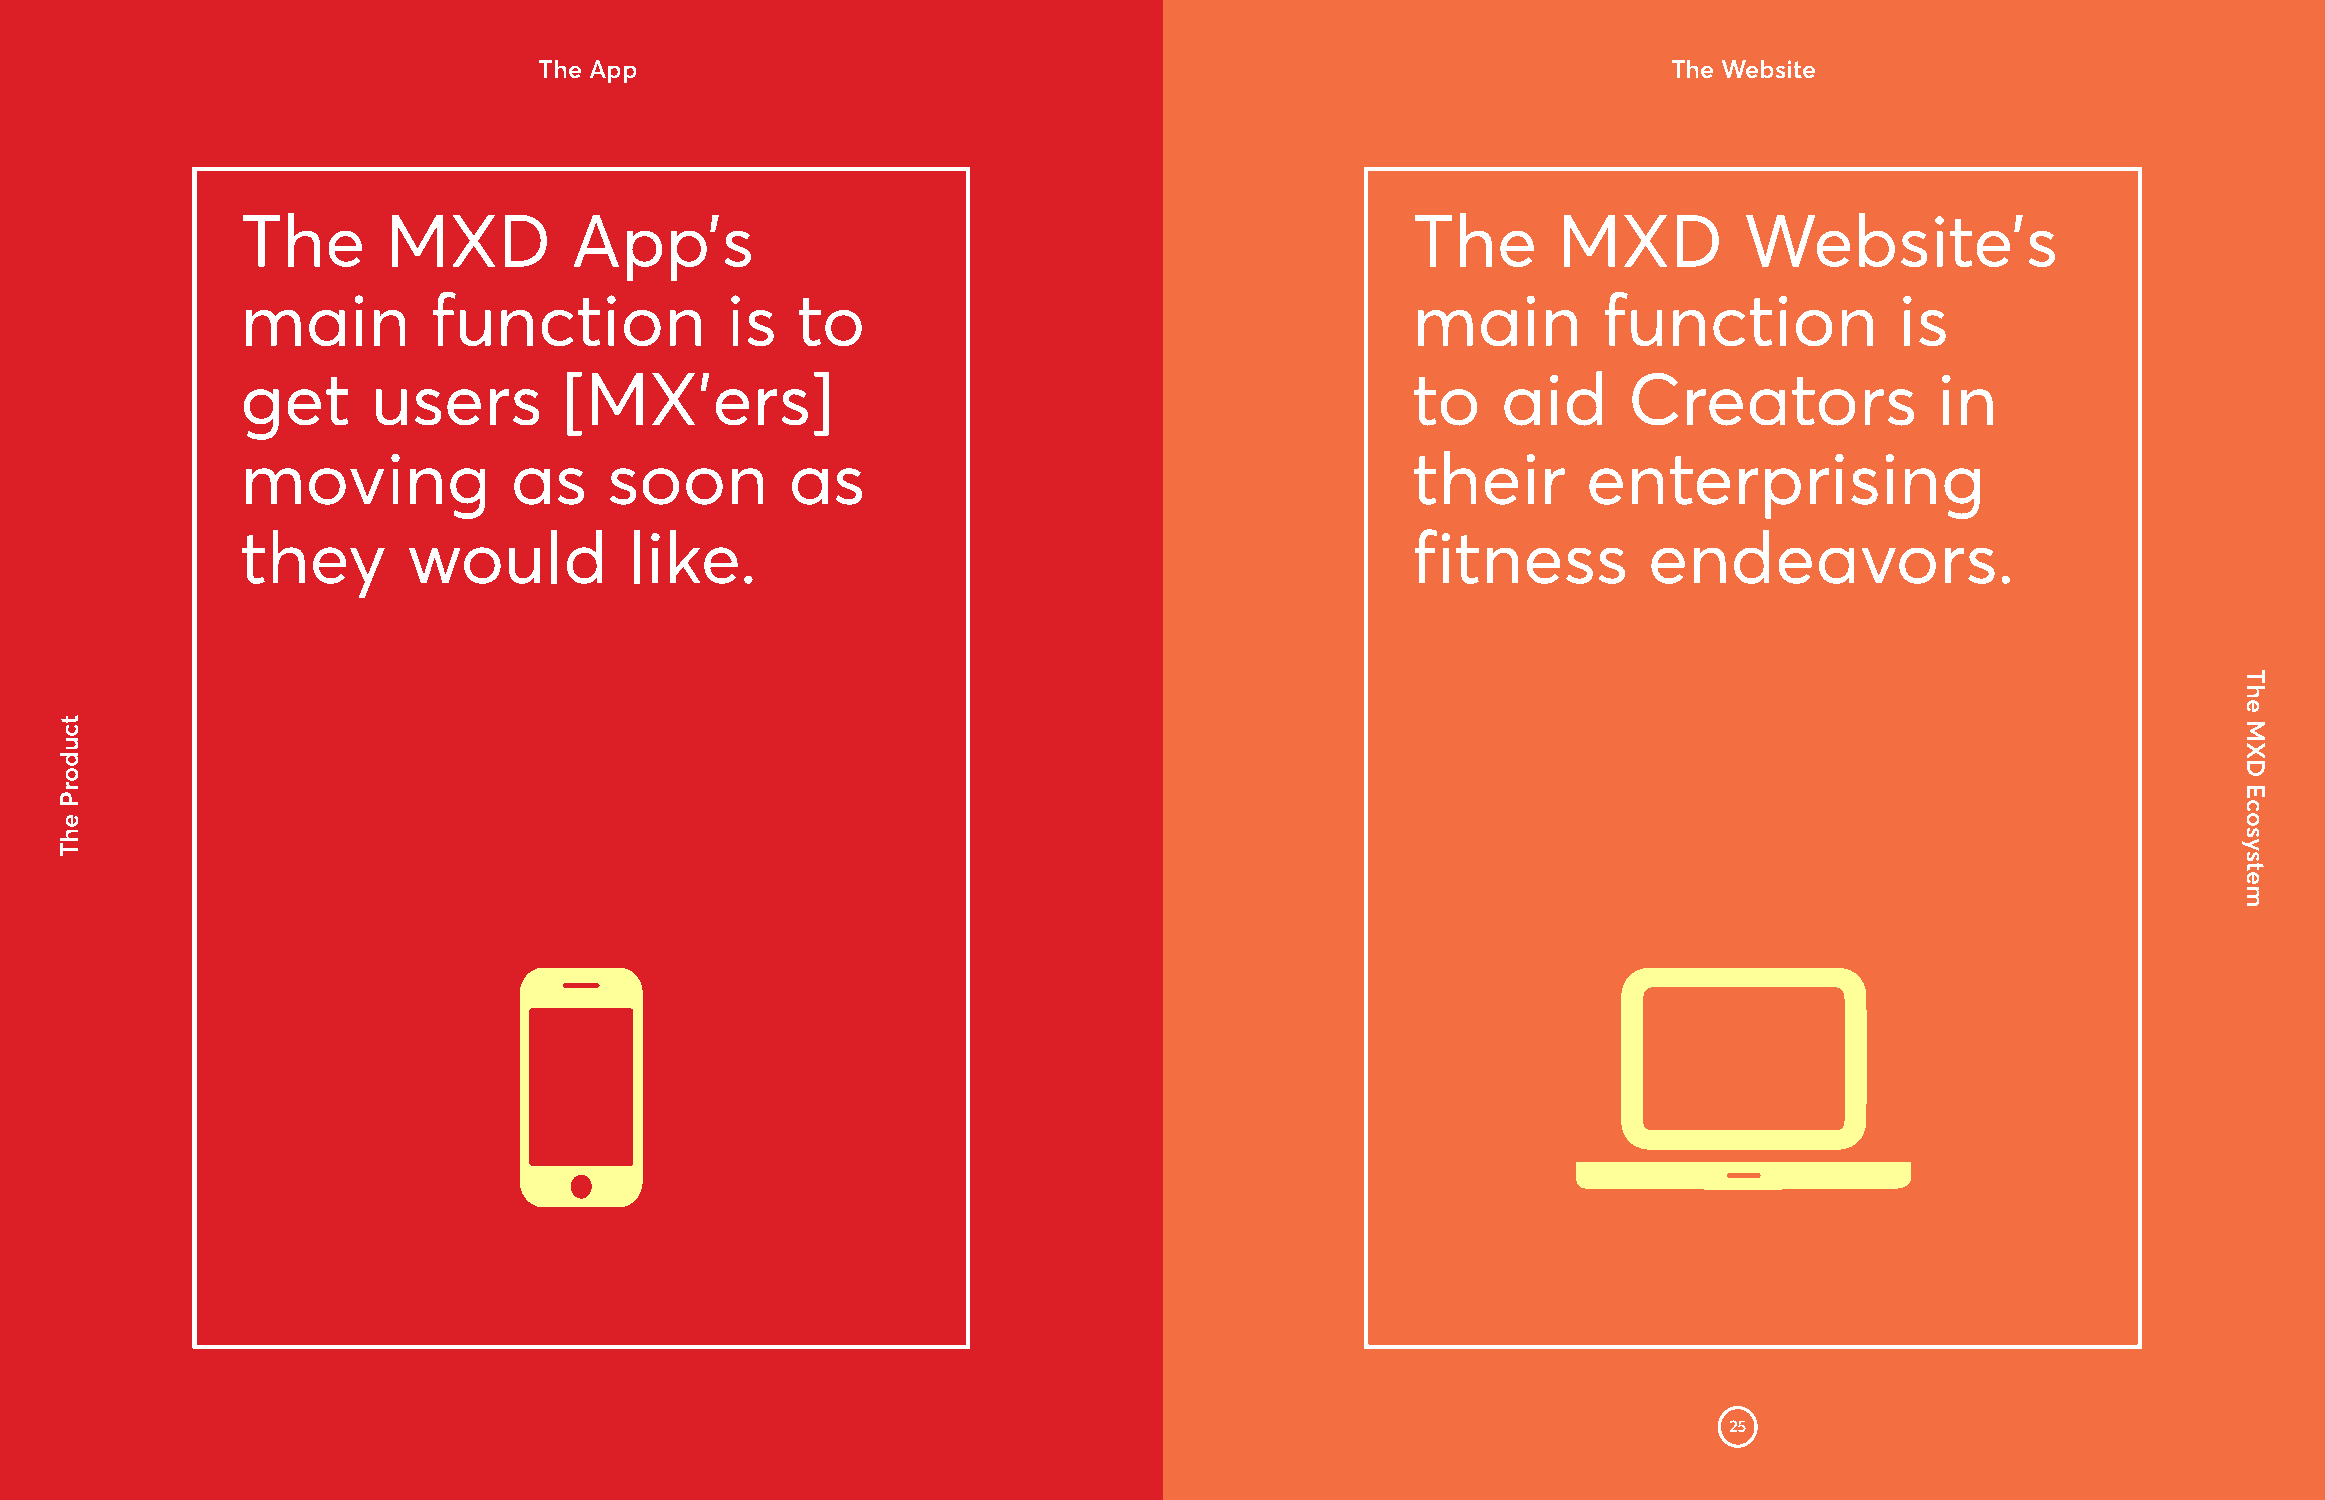
The App                                                                    The Website
 The       MXD         App’s                                                   The      MXD         Website’s
 main         function           is   to                                       main        function            is
 get      users       [MX’ers]                                                 to   aid      Creators            in
 moving            as    soon        as                                        their      enterprising
 they       would          like.                                               fitness        endeavors.
 25
 tcudorP
 ehT
 The
 MXD
 Ecosystem